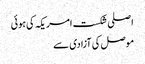
اصلی شکست امریکہ کی ہوئی
موصل کی آزادی سے